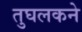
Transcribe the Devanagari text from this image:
तुघलकने